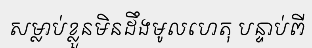
សម្លាប់ខ្លួនមិនដឹងមូលហេតុ បន្ទាប់ពី